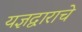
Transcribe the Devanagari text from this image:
यज्ञद्वाराचे